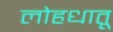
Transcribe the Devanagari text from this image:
लोहधातू